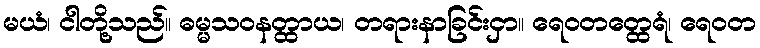
မယံ၊ ငါတို့သည်။ ဓမ္မသဝနတ္ထာယ၊ တရားနာခြင်းငှာ။ ရေဝတတ္ထေရံ၊ ရေဝတ